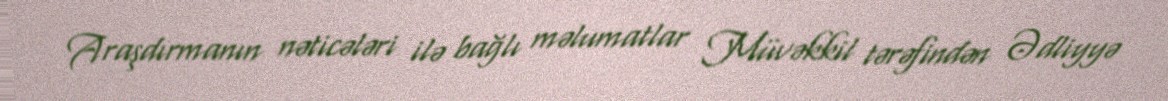
Araşdırmanın nəticələri ilə bağlı məlumatlar Müvəkkil tərəfindən Ədliyyə